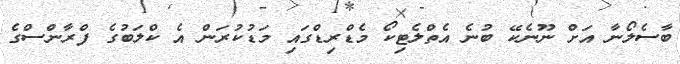
ބާސެލޯނާ އަށް ނޫނެކޭ ބުނެ އެތްލެޓިކޯ މެޑްރިޑްގައި މަޑުކުރަން އެ ކްލަބުގެ ފްރާންސްގެ